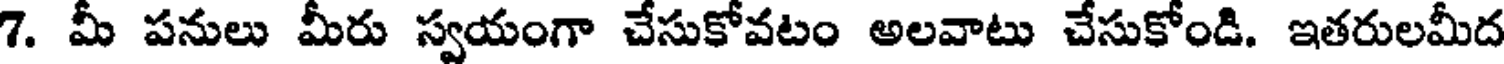
7. మీ పనులు మీరు స్వయంగా చేసుకోవటం అలవాటు చేసుకోండి. ఇతరులమీద